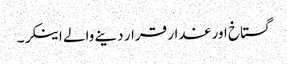
گستاخ اور غدار قرار دینے والے اینکر۔